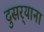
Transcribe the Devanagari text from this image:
दुसर्‍याना